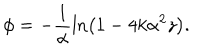
LaTeX: \phi = - \frac { 1 } { \alpha } \ln \left( 1 - 4 k \alpha ^ { 2 } z \right) .